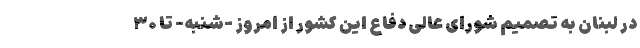
در لبنان به تصمیم شورای عالی دفاع این کشور از امروز -شنبه- تا ۳۰